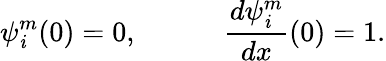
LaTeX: \psi_{\mathit{i}}^{m}(0)=0,\quad\qquad{\frac{{d\psi_{\mathit{i}}^{m}}}{{dx}}}(0)=1.